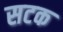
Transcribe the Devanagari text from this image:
सटक